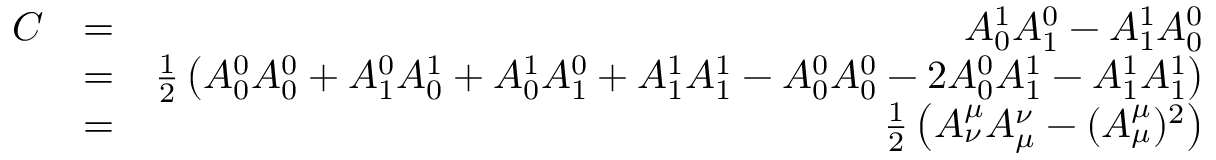
\begin{array} { r l r } { C } & { = } & { A _ { 0 } ^ { 1 } A _ { 1 } ^ { 0 } - A _ { 1 } ^ { 1 } A _ { 0 } ^ { 0 } } \\ & { = } & { \frac { 1 } { 2 } \left( A _ { 0 } ^ { 0 } A _ { 0 } ^ { 0 } + A _ { 1 } ^ { 0 } A _ { 0 } ^ { 1 } + A _ { 0 } ^ { 1 } A _ { 1 } ^ { 0 } + A _ { 1 } ^ { 1 } A _ { 1 } ^ { 1 } - A _ { 0 } ^ { 0 } A _ { 0 } ^ { 0 } - 2 A _ { 0 } ^ { 0 } A _ { 1 } ^ { 1 } - A _ { 1 } ^ { 1 } A _ { 1 } ^ { 1 } \right) } \\ & { = } & { \frac { 1 } { 2 } \left( A _ { \nu } ^ { \mu } A _ { \mu } ^ { \nu } - ( A _ { \mu } ^ { \mu } ) ^ { 2 } \right) } \end{array}